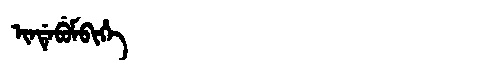
Manchu: ᡳᠨᡩᡝᠪᡠᠮᠪᡳᡥᡝ
Romanization: INDEBUMBIHE